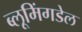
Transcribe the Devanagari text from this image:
ब्लूमिंगडेल